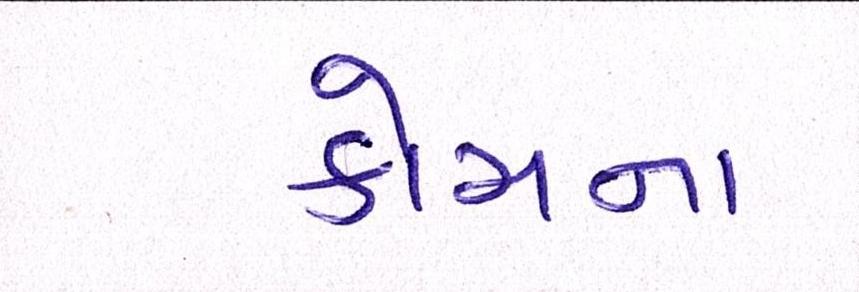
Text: કોચના